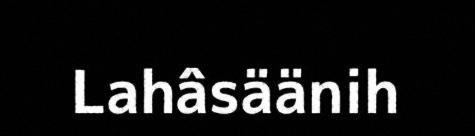
Lahâsäänih